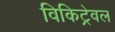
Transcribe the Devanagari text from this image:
विकिट्रेवल